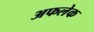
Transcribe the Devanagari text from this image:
अफलेक